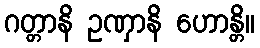
ဂတ္တာနိ ဥဏှာနိ ဟောန္တိ။